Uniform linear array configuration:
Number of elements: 32
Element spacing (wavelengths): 0.25
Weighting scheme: binomial
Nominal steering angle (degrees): -45
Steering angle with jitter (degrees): -43.96
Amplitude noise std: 0.05
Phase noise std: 0.05

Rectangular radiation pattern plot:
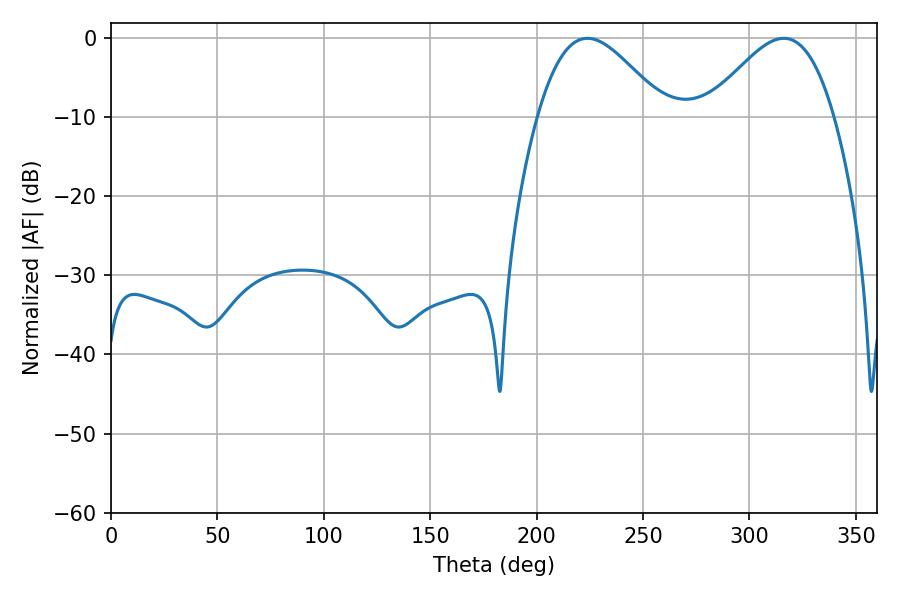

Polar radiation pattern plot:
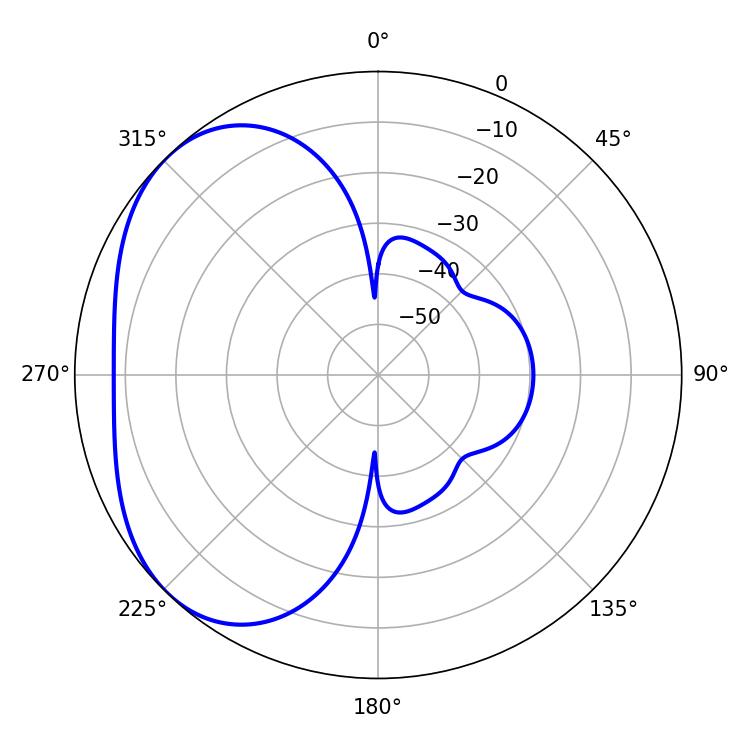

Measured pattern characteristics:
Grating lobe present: FALSE
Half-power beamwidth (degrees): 31.86
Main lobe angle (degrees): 223.92